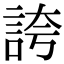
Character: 誇